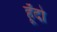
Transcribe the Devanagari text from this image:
हूँदो